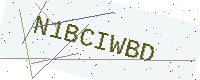
Text: N1BCIWBD